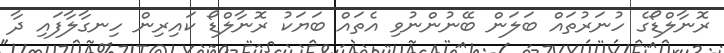
ރޮނާލްޑޯގެ ހުނަރުތައް ބަލަން ބޭނުންނުވި އެތައް ބަޔަކު ރޮނާލްޑޯ ކައިރިން ހިނގާލާފައި ދާ